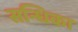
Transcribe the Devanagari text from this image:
सन्धिका